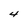
Character: 4